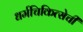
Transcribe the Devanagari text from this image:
धर्मचिकित्सेची